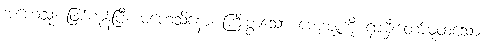
အဟေသုံ၊ ဖြစ်ကုန်ပြီ။ မဟေသိနော၊ ကြီးစွာသော ကျေးဇူးကို ရှာမှီးတော်မူထသော။